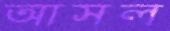
আসল